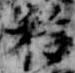
移